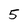
Character: 5